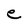
Character: e